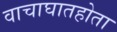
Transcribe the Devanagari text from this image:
वाचाघातहोता